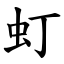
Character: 虰